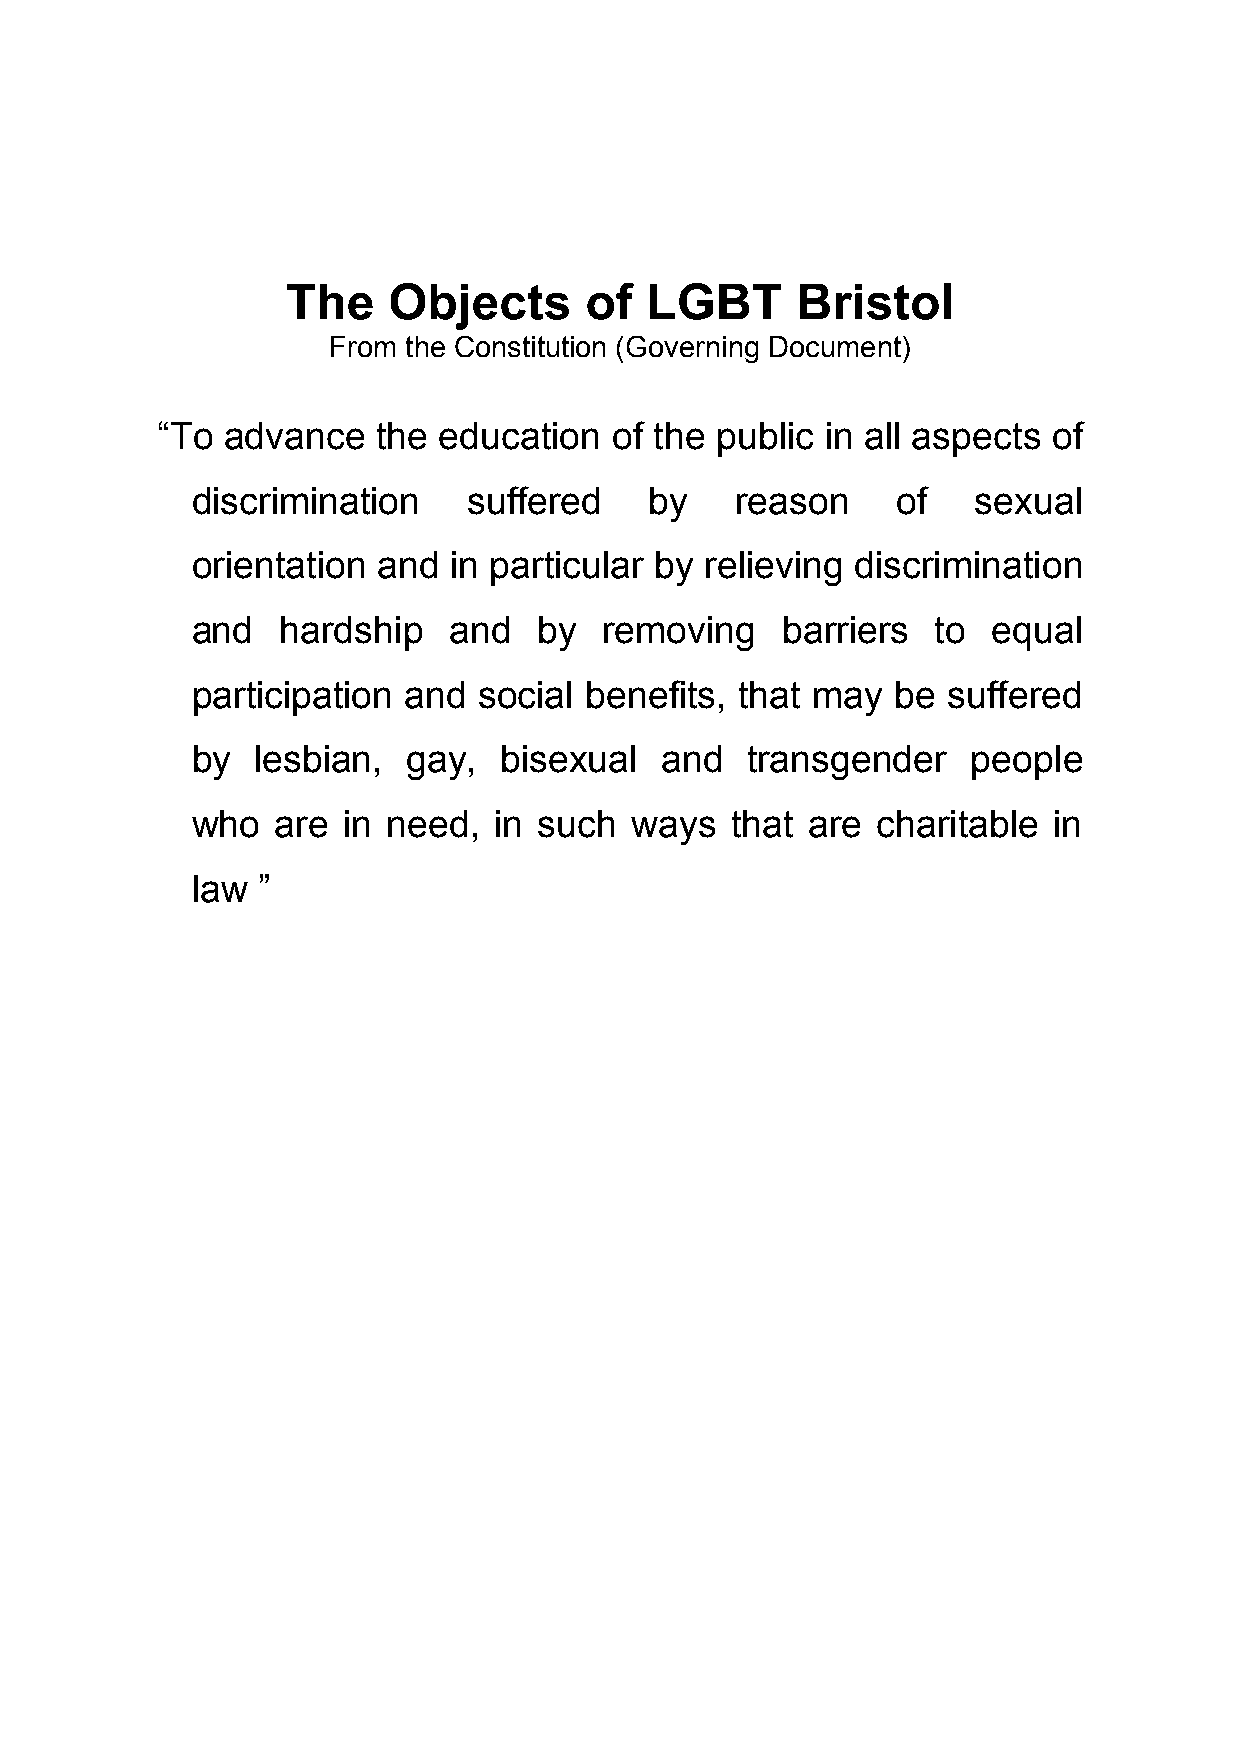
The    Objects      of  LGBT      Bristol
 From the Constitution (Governing Document)
 “To  advance   the education  of the public  in all aspects of
 discrimination    suffered    by    reason    of    sexual
 orientation and  in particular by relieving discrimination
 and   hardship   and   by  removing    barriers  to  equal
 participation and  social benefits, that may  be  suffered
 by  lesbian,  gay,  bisexual   and  transgender    people
 who  are  in need,  in such  ways  that are  charitable  in
 law ”